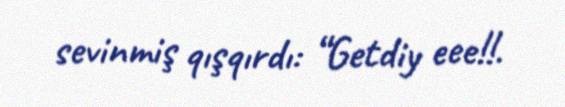
sevinmiş qışqırdı: “Getdiy eee!!.